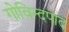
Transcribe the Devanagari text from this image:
गोविन्दपाद